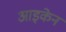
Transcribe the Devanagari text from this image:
आइकेन